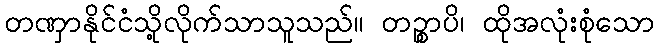
တဏှာနိုင်ငံသို့လိုက်သာသူသည်။ တဉ္စာပိ၊ ထိုအလုံးစုံသော